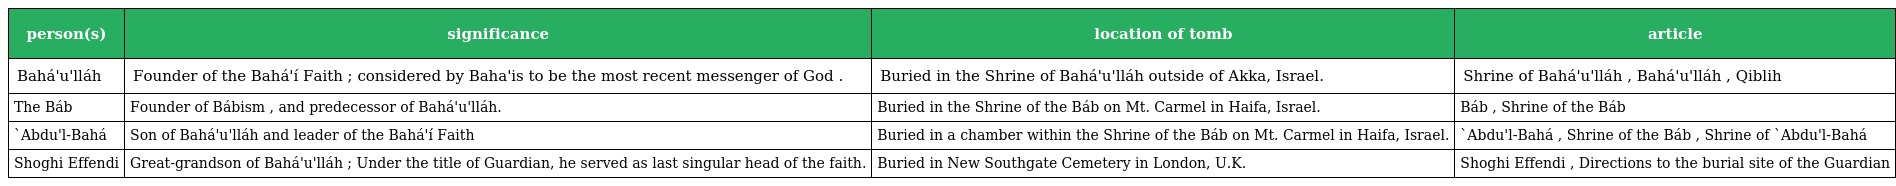
| person(s) | significance | location of tomb | article |
 | --- | --- | --- | --- |
 | Bahá'u'lláh | Founder of the Bahá'í Faith ; considered by Baha'is to be the most recent messenger of God . | Buried in the Shrine of Bahá'u'lláh outside of Akka, Israel. | Shrine of Bahá'u'lláh , Bahá'u'lláh , Qiblih |
 | The Báb | Founder of Bábism , and predecessor of Bahá'u'lláh. | Buried in the Shrine of the Báb on Mt. Carmel in Haifa, Israel. | Báb , Shrine of the Báb |
 | `Abdu'l-Bahá | Son of Bahá'u'lláh and leader of the Bahá'í Faith | Buried in a chamber within the Shrine of the Báb on Mt. Carmel in Haifa, Israel. | `Abdu'l-Bahá , Shrine of the Báb , Shrine of `Abdu'l-Bahá |
 | Shoghi Effendi | Great-grandson of Bahá'u'lláh ; Under the title of Guardian, he served as last singular head of the faith. | Buried in New Southgate Cemetery in London, U.K. | Shoghi Effendi , Directions to the burial site of the Guardian |